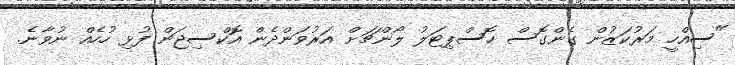
"ސިއްހީ މަރުކަޒުން ގެންގޮސް ހޮސްޕިޓަލު ލޯންޗަށް އަރުވަންދެން އޮކްސިޖަން ފުޅި ހުހެއް ނުވާނެ.